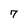
Character: 7